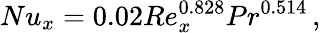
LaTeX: Nu_{x}=0.02Re_{x}^{0.828}Pr^{0.514}\, ,